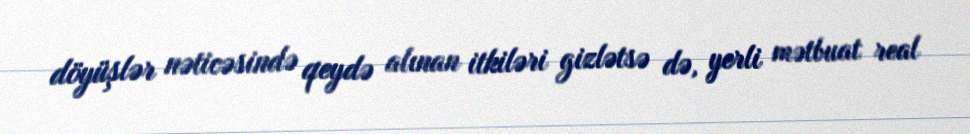
döyüşlər nəticəsində qeydə alınan itkiləri gizlətsə də, yerli mətbuat real